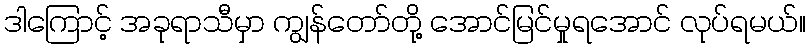
ဒါကြောင့် အခုရာသီမှာ ကျွန်တော်တို့ အောင်မြင်မှုရအောင် လုပ်ရမယ်။